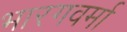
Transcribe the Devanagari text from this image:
भारगवर्मा